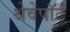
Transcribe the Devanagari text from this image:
श्रेवेपाॅर्ट